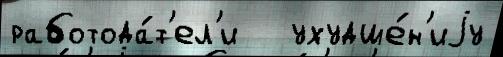
работода́т'ел'и   ухудше́н'иjу